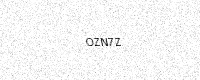
Text: OZN7Z